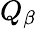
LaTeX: Q_{\beta}